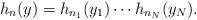
LaTeX: \begin{align*}h_n(y) = h_{n_1}(y_1)\cdots h_{n_N}(y_N).\end{align*}